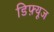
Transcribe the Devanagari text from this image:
डिफ़्यूज